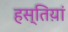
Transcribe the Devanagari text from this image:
हस्तिय़ां